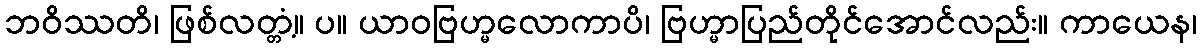
ဘဝိဿတိ၊ ဖြစ်လတ္တံ့။ ပ။ ယာဝဗြဟ္မလောကာပိ၊ ဗြဟ္မာပြည်တိုင်အောင်လည်း။ ကာယေန၊